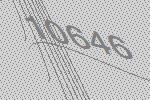
10646